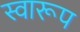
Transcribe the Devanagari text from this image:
स्वारूप